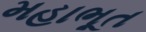
મહાભૂત